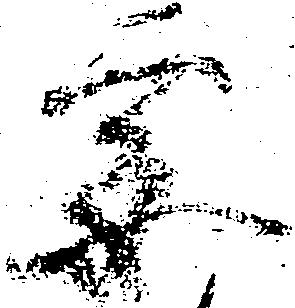
要